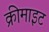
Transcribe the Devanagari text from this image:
क्रीमाइट